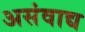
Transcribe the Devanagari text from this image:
असंवाद्य